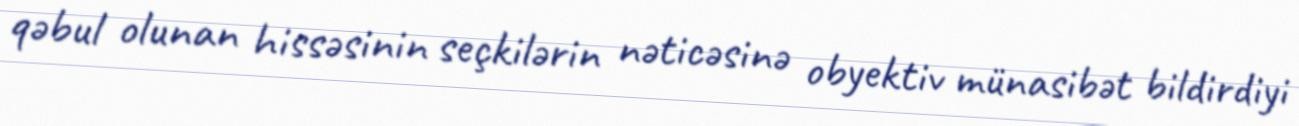
qəbul olunan hissəsinin seçkilərin nəticəsinə obyektiv münasibət bildirdiyi